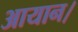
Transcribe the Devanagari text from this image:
आयान।